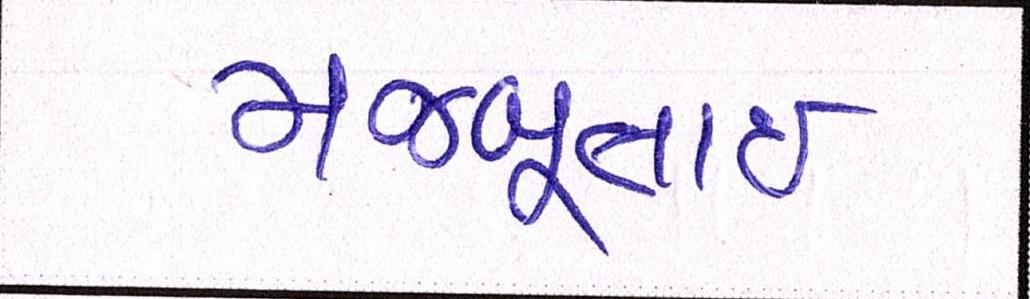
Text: મજબૂતાઈ